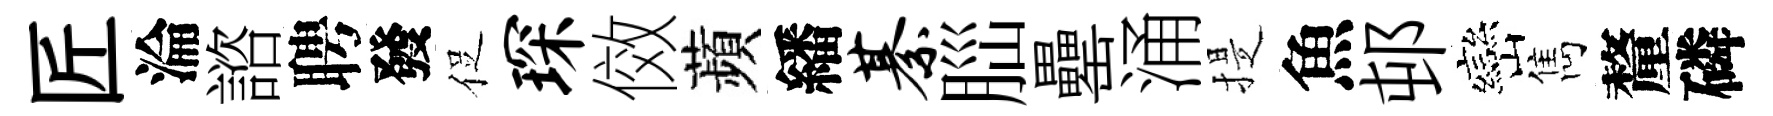
匠淪諮聘發促琛傚蘋繙綦𦛁罍涌提魚邨巒雋釐磷